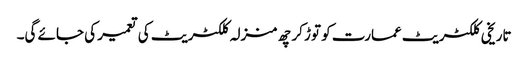
تاریخی کلکٹریٹ عمارت کو توڑ کر چھ منزلہ کلکٹریٹ کی تعمیر کی جائے گی۔